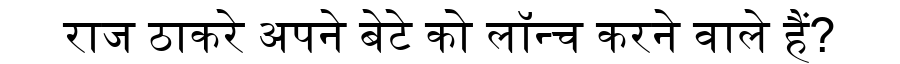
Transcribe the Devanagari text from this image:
राज ठाकरे अपने बेटे को लॉन्च करने वाले हैं?